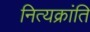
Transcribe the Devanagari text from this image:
नित्यक्रांति